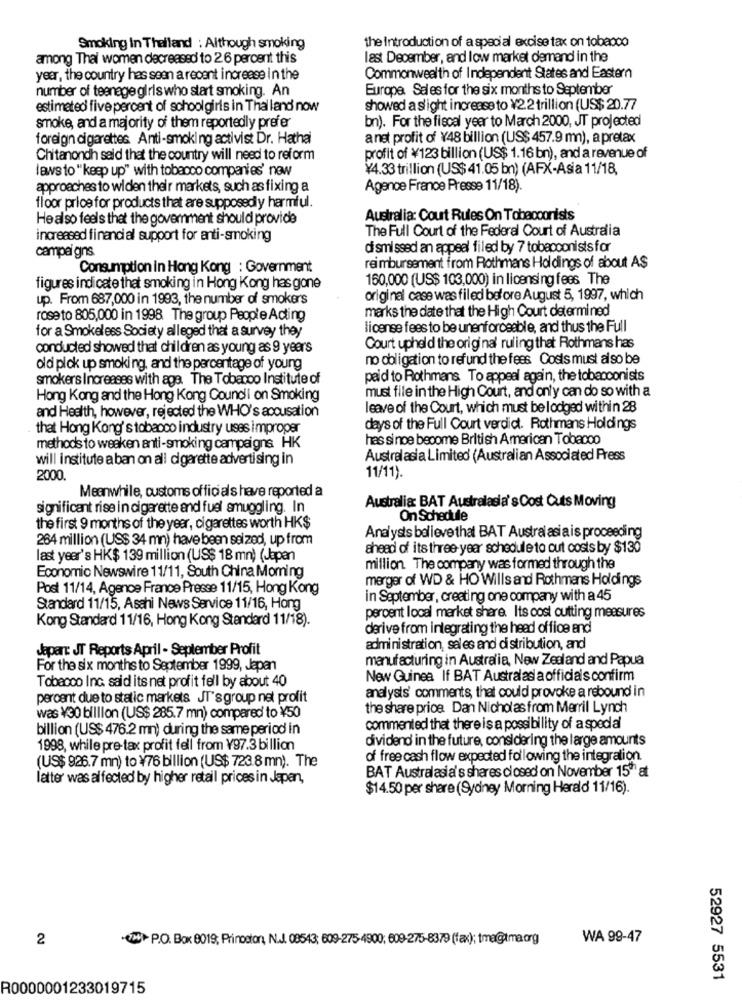
Smoking In Thailand : Although smoking
the Introduction of a special excise tax on tobacco
among Thai women decreased to 26 percent this
last December, and low market demand in the
yeer, the country has seen a recent increase in the
Commonwealth of Independent States and Eastern
number of teenage girls who start smoking. An
Europe. Seles for the six months to September
estimated five percent of schoolgirls in Thailand now
showed a s'ight increase to ¥2.2 trillion (US$ 20.77
bn). For the fiscal year to March 2000, JT projected
smoke, and a majority of them reportedly prefer
foreign cigarettes Anti-smoking activist Dr. Hathai
anst profit of ¥48 billion (US$ 457.9 mn), a pretax
Chitanondh said that the country will need to reform
profit of ¥123 billion (US$ 1.16 bn), and a revenue of
laws to " keep up" with tobacco companies' new
¥4.33 trillion (US$ 41.05 bn) (AFX-Asia 11/18,
approaches to widen their markets, such as fixing a
Agence France Presse 11/18).
floor price for products that are supposedly harmful.
He also feels that the government should provide
Australia: Court Rules On Tobacconisis
The Full Court of the Federal Court of Australia
increased financial support for anti-smoking
dismissed an appeal filed by 7 tobacconists for
campaigns
Consumption in Hong Kong : Government
reimbursement from Rothmans Holdings of about A$
160,000 (US$ 103,000) in licensing fees The
figures indicate that smoking in Hong Kong has gone
up. From 687,000 in 1993, the number of smokers
original case was filed before August 5, 1997, which
marks the date that the High Court determined
roseto 805,000 in 1998. The group People Acting
for a Smokeless Society alleged that a survey they
license fees to be unenforceable, and thus the Full
conducted showed that children as young as 9 years
Court upheld the original ruling that Rothmans has
no obligation to refund the fees Costs must also be
old pick up smoking, and the percentage of young
smokers Increases with age. The Tobacco Institute of
paid to Rothmans To appeal again, the tobacconists
must file in the High Court, and only can do so with a
Hong Kong and the Hong Kong Council on Smoking
and Health, however, rejected the WHO's accusation
leave of the Court, which must be lodged within 28
that Hong Kong's tobacco industry uses improper
days of the Full Court verdict. Rothmans Holdings
has since become British American Tobacco
methods to weaken anti-smoking campaigns HK
will institute a ban on all cigarette advertising in
Austral asia Limited (Australian Associated Press
2000.
11/11).
Meanwhile, customs officials have reported a
significant rise in cigarette and fuel smuggling. In
Australia: BAT Australasia's Cost Cuts Moving
On Schedule
the first 9 months of the year, cigarettes worth HK$
264 million (US$ 34 mn) have been seized, up from
Analysts believe that BAT Austral asia is proceeding
ahead of its three-year schedule to cut costs by $130
last year's HK$ 139 million (US$ 18 mn) (Japan
million. The company was formed through the
Economic Newswire 11/11, South China Morning
merger of WD & HO Wills and Rothmans Holdings
Post 11/14, Agence France Presse 11/15, Hong Kong
in September, creating one company with a 45
Standard 11/15, Asahi News Service 11/16, Hong
Kong Standard 11/16, Hong Kong Standard 11/18).
percent local market share. Its cost cutting measures
derive from integrating the head office and
Japart JT Reports April - September Profit
administration, sales and distribution, and
manufacturing in Australia, New Zealand and Papua
For the six months to September 1999, Japan
New Guinea If BAT Australas a officials confirm
Tobacco Inc. said its net profit fell by about 40
analysis' comments, that could provoke a rebound in
percent due to static markets JT's group net profit
the share price Dan Nicholas from Merril Lynch
was ¥30 billion (US$ 285.7 mn) compared to ¥50
billion (US$ 476.2 mn) during the same period in
commented that there is a possibility of a special
dividend in the future, considering the large amounts
1998, while pre-tax profit fell from 197.3 billion
of free cash flow expected following the integration.
(US$ 926.7 mn) to ¥76 billion (US$ 723.8 mn). The
BAT Australasia's shares closed on November 15" at
l'atter was affected by higher retail prices in Japan,
$14.50 per share (Sydney Morning Herald 11/16).
2
-17H. P.O. Box 8019; Prinoston, N.J. 08543; 609-275-4900; 609-275-8379 (fax); tmegtma.org
WA 99-47
52927 5531
R0000001233019715